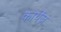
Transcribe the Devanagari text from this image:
कार्थेंज